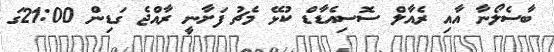
ބާސެލޯނާ އާއި ރެއާލް ސޮސިއެޑާޑް ކުޅޭ މެޗު ފަށާނީ ރާއްޖެ ގަޑިން 21:00ގަ